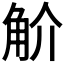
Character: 𧣋